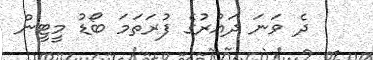
ދެ ވަނަ ދައުރުގެ ފުރަތަމަ ބޯޑު މީޓީން